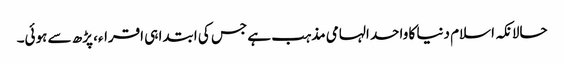
حالانکہ اسلام دنیا کا واحد الہامی مذہب ہے جس کی ابتدا ہی اقراء، پڑھ سے ہوئی۔